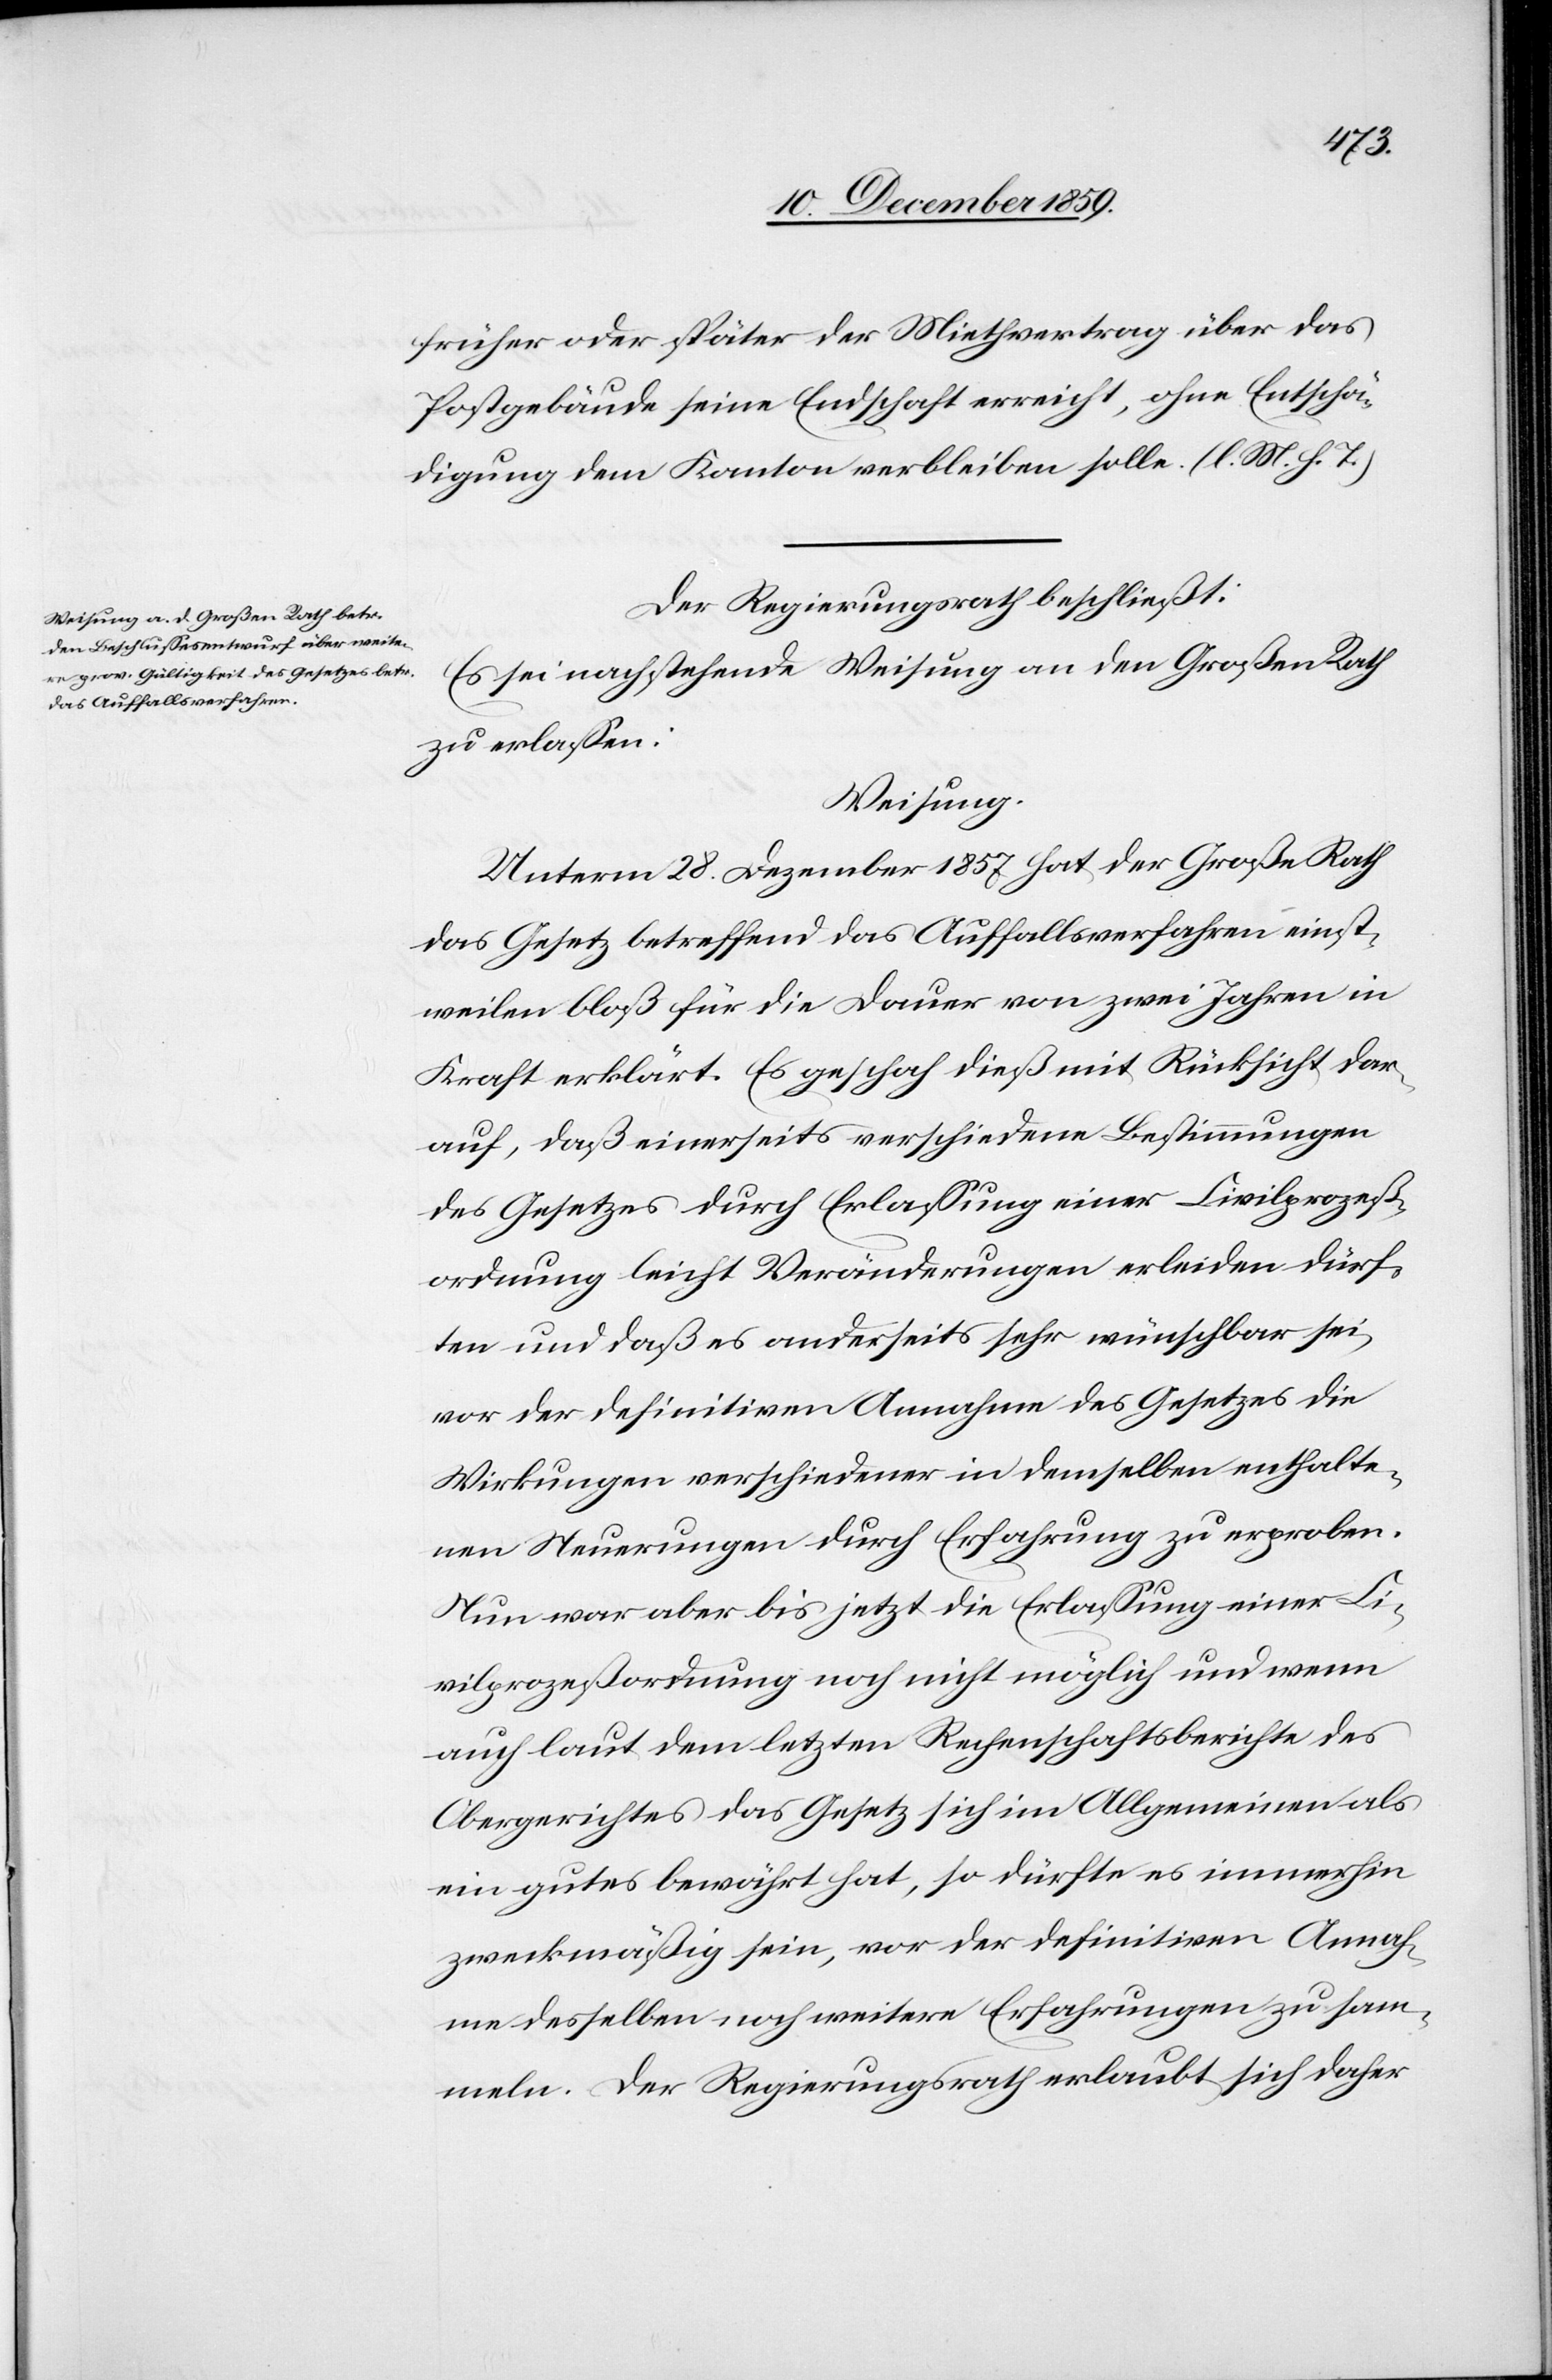
früher oder später der Mietvertrag über das
Postgebäude seine Endschaft erreicht, ohne Entschä¬
digung dem Kanton verbleiben solle. (l. M. h. T.)
Der Regierungsrath beschließt:
Es sei nachstehende Weisung an den Großen Rath
zu erlassen:
Weisung.
Unterm 28. Dezember 1857 hat der Große Rath
das Gesetz betreffend das Auffallsverfahren einst¬
weilen bloß für die Dauer von zwei Jahren in
Kraft erklärt. Es geschah dieß mit Rücksicht dar¬
auf, daß einerseits verschiedene Bestimmungen
des Gesetzes durch Erlassung einer Civilprozeß¬
ordnung leichte Veränderungen erleiden dürf¬
ten und daß es anderseits sehr wünschbar sei,
vor der definitiven Annahme des Gesetzes die
Wirkungen verschiedener in demselben enthalte¬
nen Neuerungen durch Erfahrung zu erproben.
Nun war aber bis jetzt die Erlassung einer Ci¬
vilprozeßordnung noch nicht möglich und wenn
auch laut dem letzten Rechenschaftsberichte des
Obergerichtes das Gesetz sich im Allgemeinen als
ein gutes bewährt hat, so dürfte es immerhin
zweckmäßig sein, vor der definitiven Annah¬
me desselben noch weitere Erfahrungen zu sam¬
meln. Der Regierungsrath erlaubt sich daher